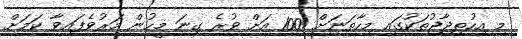
މި އިހުތިޖާޖުތަކުގައި މިހާތަނަށް 100 އަށް ވުރެ ގިނަ މީހުން މަރުވެފައިވާ ކަމަށް